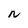
Character: n